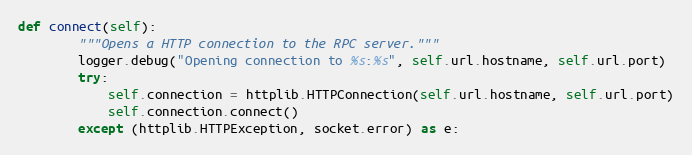
Language: Python
def connect(self):
        """Opens a HTTP connection to the RPC server."""
        logger.debug("Opening connection to %s:%s", self.url.hostname, self.url.port)
        try:
            self.connection = httplib.HTTPConnection(self.url.hostname, self.url.port)
            self.connection.connect()
        except (httplib.HTTPException, socket.error) as e: